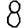
Digit: 8